Leaving Certificate Examination (including Day School Certificate (Higher) General paper), 1935
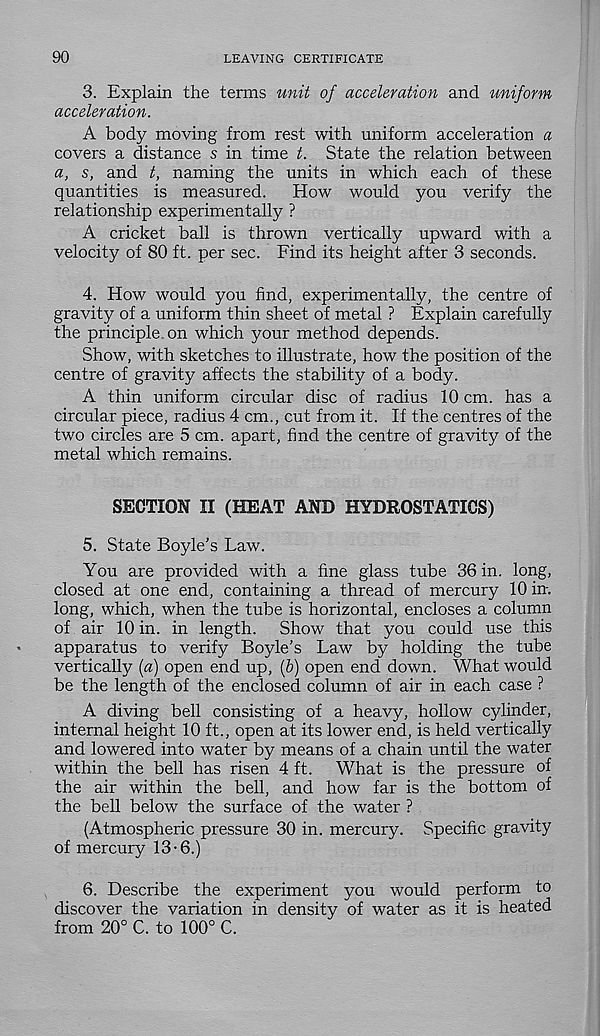
90
LEAVING CERTIFICATE
3. Explain the terms unit of acceleration and uniform
acceleration.
A body moving from rest with uniform acceleration a
covers a distance s in time t. State the relation between
a, s, and t, naming the units in which each of these
quantities is measured.
How would you verify the
relationship experimentally ?
A cricket ball is thrown vertically upward with a
velocity of 80 ft. per sec. Find its height after 3 seconds.
4. How would you find, experimentally, the centre of
gravity of a uniform thin sheet of metal ? Explain carefully
the principle on which your method depends.
Show, with sketches to illustrate, how the position of the
centre of gravity affects the stability of a body.
A thin uniform circular disc of radius 10 cm. has a
circular piece, radius 4 cm., cut from it. If the centres of the
two circles are 5 cm. apart, find the centre of gravity of the
metal which remains.
SECTION II (HEAT AND HYDROSTATICS)
5. State Boyle's Law.
You are provided with a fine glass tube 36 in. long,
closed at one end, containing a thread of mercury 10 in.
long, which, when the tube is horizontal, encloses a column
of air 10 in. in length. Show that you could use this
apparatus to verify Boyle’s Law by holding the tube
vertically (a) open end up, (6) open end down. What would
be the length of the enclosed column of air in each case ?
A diving bell consisting of a heavy, hollow cylinder,
internal height 10 ft., open at its lower end, is held vertically
and lowered into water by means of a chain until the water
within the bell has risen 4 ft.
What is the pressure of
the air within the bell, and how far is the bottom of
the bell below the surface of the water ?
(Atmospheric pressure 30 in. mercury. Specific gravity
of mercury 13-6.)
6. Describe the experiment you would perform to
discover the variation in density of water as it is heated
from 20° C. to 100° C.